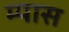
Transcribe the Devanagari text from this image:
म्यास